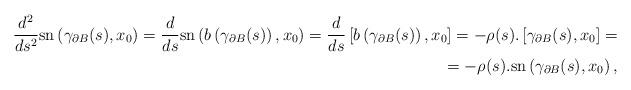
LaTeX: \begin{align*} \frac{d^2}{ds^2}\mathrm{sn}\left(\gamma_{\partial B}(s),x_0\right) = \frac{d}{ds}\mathrm{sn}\left(b\left(\gamma_{\partial B}(s)\right),x_0\right) = \frac{d}{ds}\left[b\left(\gamma_{\partial B}(s)\right),x_0\right] = -\rho(s).\left[\gamma_{\partial B}(s),x_0\right] = \\ = -\rho(s).\mathrm{sn}\left(\gamma_{\partial B}(s),x_0\right),\end{align*}